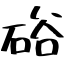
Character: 硲